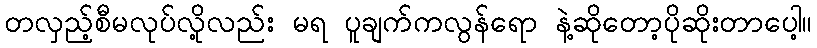
တလှည့်စီမလုပ်လို့လည်း မရ ပူချက်ကလွန်ရော နဲ့ဆိုတော့ပိုဆိုးတာပေါ့။